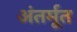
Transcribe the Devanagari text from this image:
अंतर्मूत